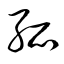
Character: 孤